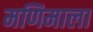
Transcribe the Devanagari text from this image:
मणिमाला